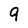
Character: 9